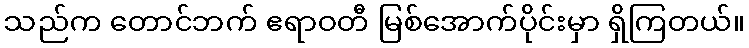
သည်က တောင်ဘက် ဧရာဝတီ မြစ်အောက်ပိုင်းမှာ ရှိကြတယ်။